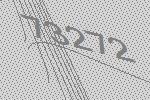
73272